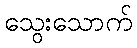
သွေးသောက်